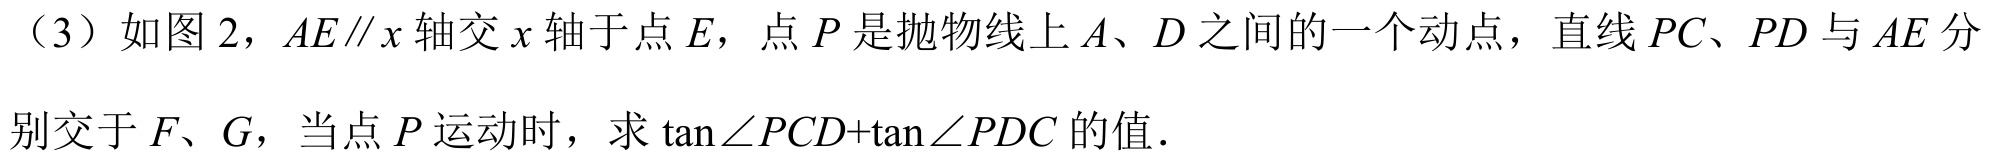
（3）如图 2，\(AE\parallel x\)轴交\(x\)轴于点\(E\)，点\(P\)是抛物线上\(A、D\)之间的一个动点，直线\(PC、PD\)与\(AE\)分
别交于\(F、G\)，当点\(P\)运动时，求\(\tan\angle PCD+\tan\angle PDC\)的值．